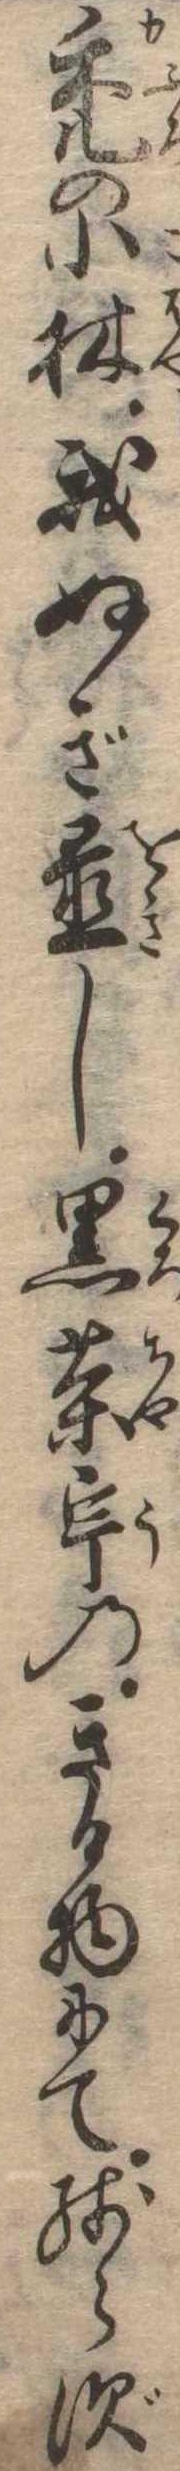
禿の小林我ぬぎ置し黒茶宇のきる物にて残らず